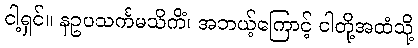
ငါ့ရှင်။ နဥပသင်္ကမသိကိံ၊ အဘယ့်ကြောင့် ငါတို့အထံသို့